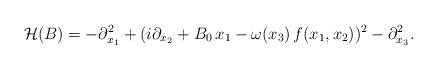
\begin{align*} \mathcal{H}(B) = -\partial_{x_1}^2 +(i\partial_{x_2} +B_0\, x_1 -\omega(x_3)\, f(x_1, x_2) )^2 -\partial_{x_3}^2.\end{align*}